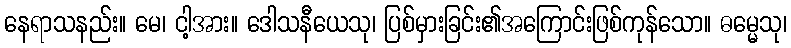
နေရာသနည်း။ မေ၊ ငါ့အား။ ဒေါသနီယေသု၊ ပြစ်မှားခြင်း၏အကြောင်းဖြစ်ကုန်သော။ ဓမ္မေသု၊